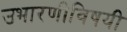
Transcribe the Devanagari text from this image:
उभारणीविषयी